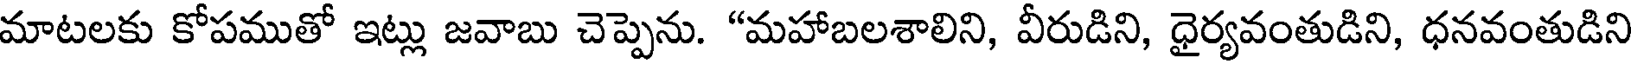
మాటలకు కోపముతో ఇట్లు జవాబు చెప్పెను. "మహాబలశాలిని, వీరుడిని, ధైర్యవంతుడిని, ధనవంతుడిని